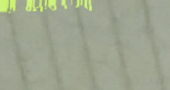
خدمة توصيل الطعام إلى باب